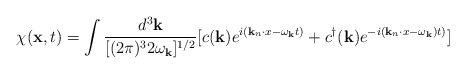
\begin{align*}\chi({\bf x},t)=\int \frac{d^3{\bf k}}{[(2 \pi)^3 2 \omega_{\bf k}]^{1/2}}[c({\bf k}) e^{i({\bf k}_n \cdot x -\omega_{\bf k}t)}+c^{\dagger}({\bf k}) e^{-i({\bf k}_n \cdot x -\omega_{\bf k}) t)}]\end{align*}